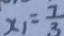
x _ { 1 } = \frac { 7 } { 3 }